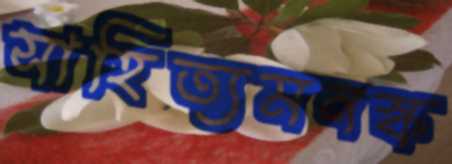
সাহিত্যমনস্ক